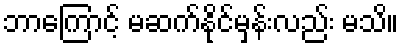
ဘာကြောင့် မဆက်နိုင်မှန်းလည်း မသိ။